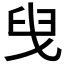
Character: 𦥙